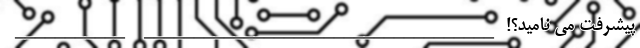
پیشرفت می نامید؟! ___________________________________ ___________